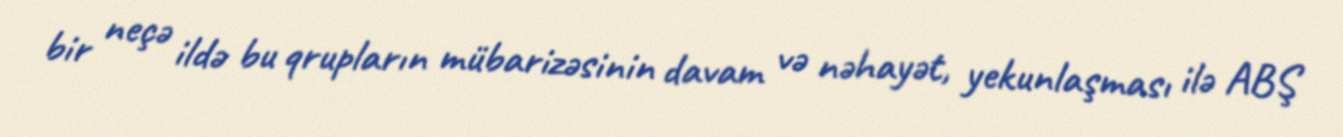
bir neçə ildə bu qrupların mübarizəsinin davam və nəhayət, yekunlaşması ilə ABŞ